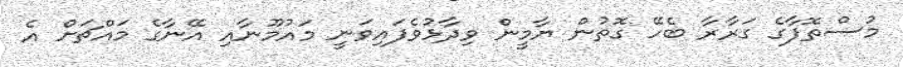
މުސްތޮފާގެ ގަރާރާ ބެހޭ ގޮތުން ޔާމީން ވިދާޅުވެފައިވަނީ މައުމޫނާއި އޭނާގެ މައްޗަށް އެ